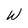
Character: W